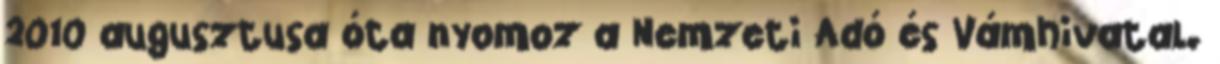
2010 augusztusa óta nyomoz a Nemzeti Adó és Vámhivatal.